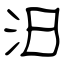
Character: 汩